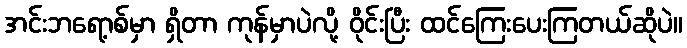
အင်းဘရော့စ်မှာ ရှိတာ ကုန်မှာပဲလို့ ဝိုင်းပြီး ထင်ကြေးပေးကြတယ်ဆိုပဲ။